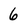
Character: 6